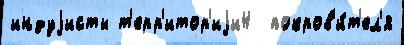
индуjисты т'ерр'итор'иjи4  покров'и́т'ел'я